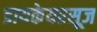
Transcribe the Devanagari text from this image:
डायकेयरसूज